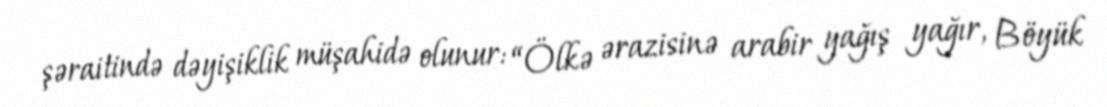
şəraitində dəyişiklik müşahidə olunur: “Ölkə ərazisinə arabir yağış yağır, Böyük